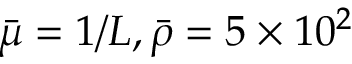
\bar { \mu } = 1 / L , \bar { \rho } = 5 \times 1 0 ^ { 2 }